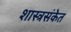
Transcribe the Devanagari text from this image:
शास्त्रसंकेत